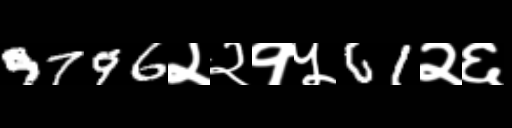
Text: 9796२२१५61२६